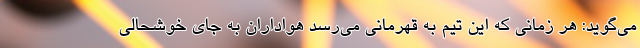
می‌گوید: هر زمانی که این تیم به قهرمانی می‌رسد هواداران به جای خوشحالی